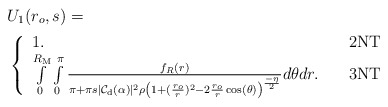
\begin{align*}&\!\!\!\!\!\!U_1(r_o,s)= \\&\!\!\!\!\!\! \left\{\begin{array}{ll}1. \ \ \ & {\rm 2NT}\\\int\limits_{0}^{R_{\rm M}}\int\limits_{0}^{\pi} \frac{f_{R}(r)}{\pi+ \pi s |\mathcal{C}_{\rm d} (\alpha)|^2 \rho \left(1+(\frac{r_o}{r})^2-2\frac{r_o}{r} \cos (\theta) \right)^{\frac{-\eta}{2}}} d\theta dr. \ \ \ & {\rm 3NT}\\\end{array}\right.\end{align*}